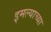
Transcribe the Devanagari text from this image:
इमल्याच्या